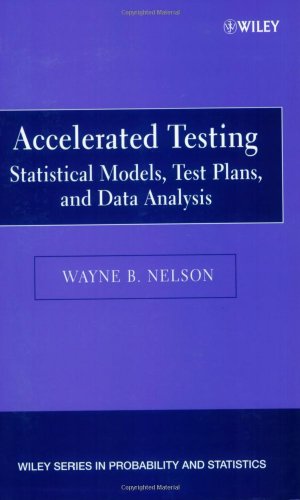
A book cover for Accelerated Testing: Statistical Models, Test Plans, and Data Analysis; Wayne B. Nelson; Science & Math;